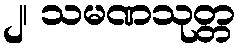
၂၊ သမဏသုတ္တ